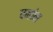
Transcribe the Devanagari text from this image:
पनांग